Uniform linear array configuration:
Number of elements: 4
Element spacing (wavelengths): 0.75
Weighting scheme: hann
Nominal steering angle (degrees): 45
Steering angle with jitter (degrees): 43.02
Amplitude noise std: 0.05
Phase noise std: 0.05

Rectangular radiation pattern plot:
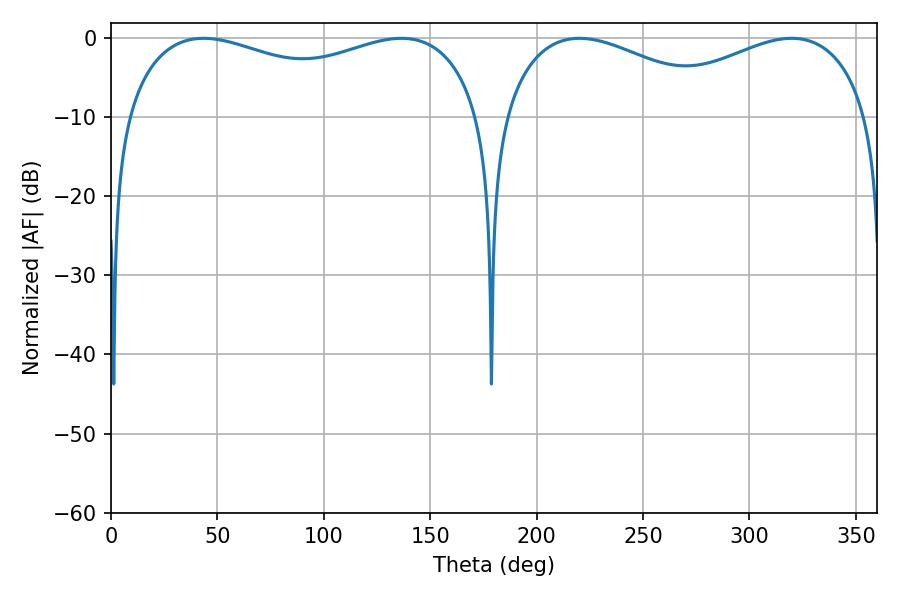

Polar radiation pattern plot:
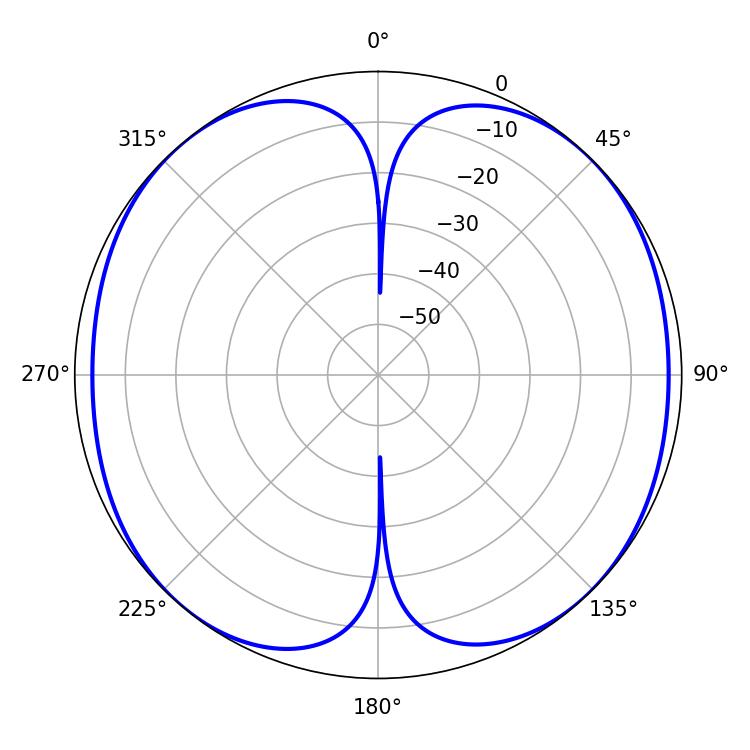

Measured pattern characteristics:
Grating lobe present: TRUE
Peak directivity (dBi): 13.401
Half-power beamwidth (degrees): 59.76
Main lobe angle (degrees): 220.14